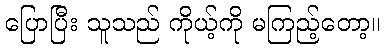
ပြောပြီး သူသည် ကိုယ့်ကို မကြည့်တော့။